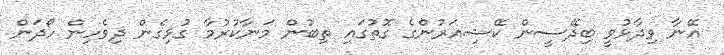
އޭނާ ވިދާޅުވީ ބިދޭސީން ކޭޝިއަރުންގެ ގޮތުގައި ތިބުން މަނާކުރުމާ ގުޅިގެން ދިވެހިން ހޯދަން